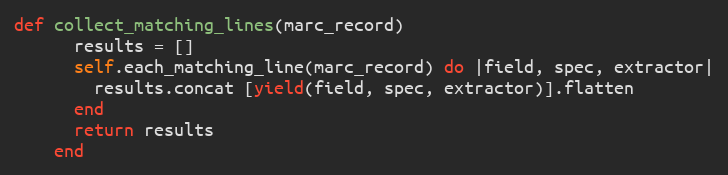
Language: Ruby
def collect_matching_lines(marc_record)
      results = []
      self.each_matching_line(marc_record) do |field, spec, extractor|
        results.concat [yield(field, spec, extractor)].flatten
      end
      return results
    end